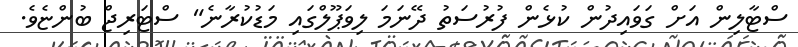
ސްޓާލިން އަށް ގަވައިދުން ކުޅެން ފުރުސަތު ދޭނަމަ ލިވަޕޫލްގައި މަޑުކުރާނެ" ސްޓަރިޖް ބުންޏެވެ.